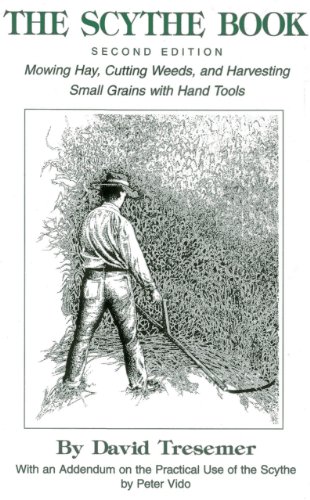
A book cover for The Scythe BookSecond Edition Mowing Hay, Cutting Weeds, and Harvesting Small Grains with Hand Tools; David Tresemer; Crafts, Hobbies & Home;